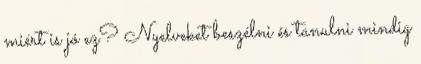
miért is jó ez? Nyelveket beszélni és tanulni mindig